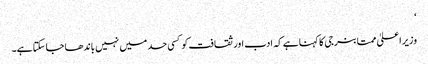
‘
وزیر اعلیٰ ممتا بنرجی کا کہنا ہے کہ ادب اور ثقافت کو کسی حد میں نہیں باندھا جا سکتا ہے۔